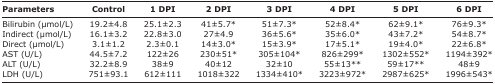
| Parameters | Control | 1 DPI | 2 DPI | 3 DPI | 4 DPI | 5 DPI | 6 DPI |
 | --- | --- | --- | --- | --- | --- | --- | --- |
 | Bilirubin (μmol/L) | 19.2±4.8 | 25.1±2.3 | 41±5.7* | 51±7.3* | 52±8.4* | 62±9.1* | 76±9.3* |
 | Indirect (μmol/L) | 16.1±3.2 | 22.8±3.0 | 27±4.9 | 36±5.6* | 35±6.0* | 43±7.2* | 54±8.7* |
 | Direct (μmol/L) | 3.1±1.2 | 2.3±0.1 | 14±3.0* | 15±3.9* | 17±5.1* | 19±4.0* | 22±6.8* |
 | AST (U/L) | 44.5±7.2 | 122±26 | 230±51* | 305±104* | 826±299* | 1302±552* | 1194±392* |
 | ALT (U/L) | 32.2±8.9 | 38±9 | 40±12 | 32±10 | 55±13** | 59±17** | 48±9 |
 | LDH (U/L) | 751±93.1 | 612±111 | 1018±322 | 1334±410* | 3223±972* | 2987±625* | 1996±543* |